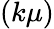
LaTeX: (k\mu)